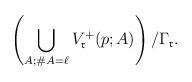
LaTeX: \begin{align*}\left(\bigcup_{A;\#A = \ell} V_{\frak r}^+(p;A)\right) / \Gamma_{\frak r}.\end{align*}